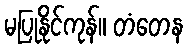
မပြုနိုင်ကုန်။ တံတေန